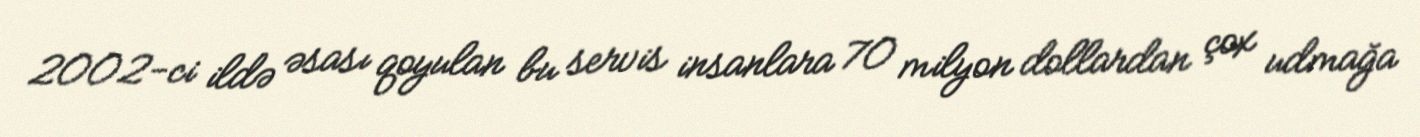
2002-ci ildə əsası qoyulan bu servis insanlara 70 milyon dollardan çox udmağa